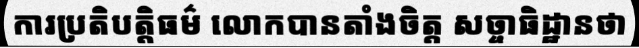
ការប្រតិបត្តិធម៌ លោកបានតាំងចិត្ត សច្ចាធិដ្ឋានថា